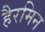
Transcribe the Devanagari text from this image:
हैरमिन